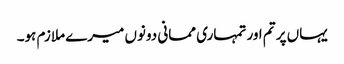
یہاں پر تم اور تمہاری ممانی دونوں میرے ملازم ہو۔